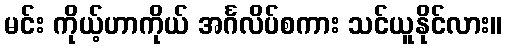
မင်း ကိုယ့်ဟာကိုယ် အင်္ဂလိပ်စကား သင်ယူနိုင်လား။